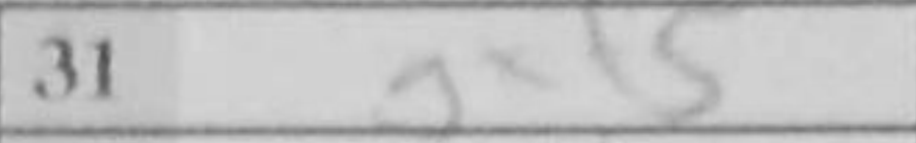
Transcription: gxf5